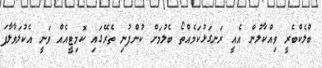
ބްލެކްބެރީ ވިއްކާލުން އެއީ ރަނގަޅުކަމެއްތޯ ބެލުމަށް ކުންފުނި ތެރޭގައި ކޮމިޓީއެއް ވަނީ އެކުލަވާލާފަ